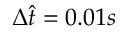
\Delta { \hat { t } = 0 . 0 1 } s